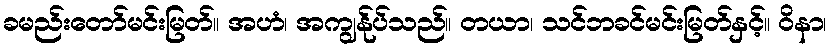
ခမည်းတော်မင်းမြတ်။ အဟံ၊ အကျွန်ုပ်သည်။ တယာ၊ သင်ဘခင်မင်းမြတ်နှင့်။ ဝိနာ၊